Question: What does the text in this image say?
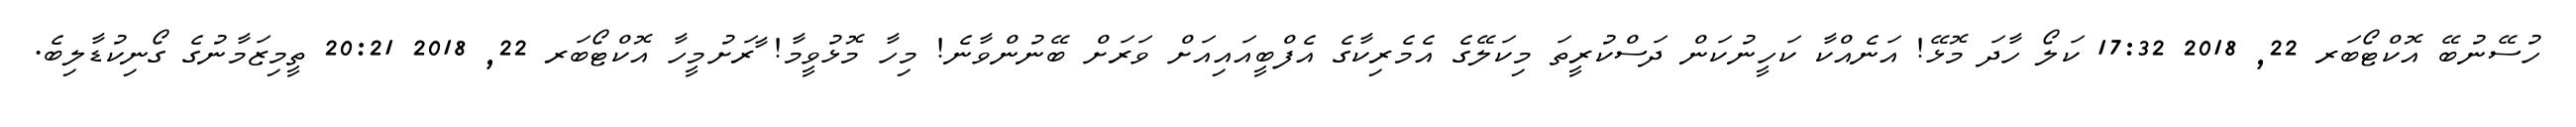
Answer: ހުސޭނުބޭ އޮކްޓޯބަރ 22, 2018 17:32 ކަލޯ ހާދަ މޮޅޭ! އަނެއްކާ ކަހީނުކަން ދަސްކުރީތަ މިކަލޭގެ އެމެރިކާގެ އެފްބީއައިއަށް ވަރަށް ބޭނުންވާނެ! މިހާ މޮޅުވީމާ! ާރަށުމީހާ އޮކްޓޯބަރ 22, 2018 20:21 ތީމިޒަމާނުގެ ގޯނިކުޑާލިބެ.